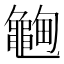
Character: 𱋽